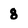
Character: 8